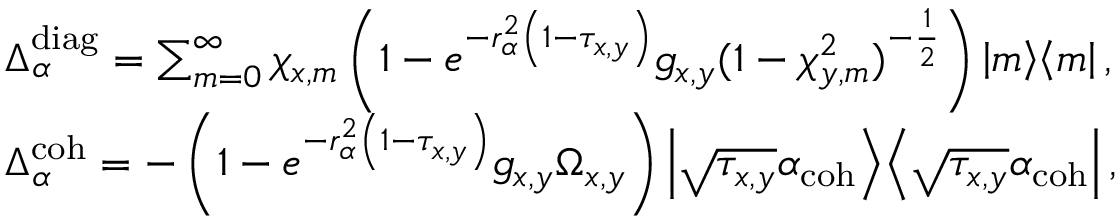
\begin{array} { r l } & { \Delta _ { \alpha } ^ { \mathrm { d i a g } } = \sum _ { m = 0 } ^ { \infty } \chi _ { x , m } \left( 1 - e ^ { - r _ { \alpha } ^ { 2 } \left( 1 - \tau _ { x , y } \right) } g _ { x , y } ( 1 - \chi _ { y , m } ^ { 2 } ) ^ { - \frac { 1 } { 2 } } \right) \left| m \middle > \middle < m \right| , } \\ & { \Delta _ { \alpha } ^ { \mathrm { c o h } } = - \left( 1 - e ^ { - r _ { \alpha } ^ { 2 } \left( 1 - \tau _ { x , y } \right) } g _ { x , y } \Omega _ { x , y } \right) \left| \sqrt { \tau _ { x , y } } \alpha _ { \mathrm { c o h } } \middle > \middle < \sqrt { \tau _ { x , y } } \alpha _ { \mathrm { c o h } } \right| , } \end{array}